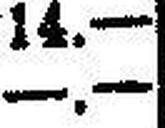
—.—